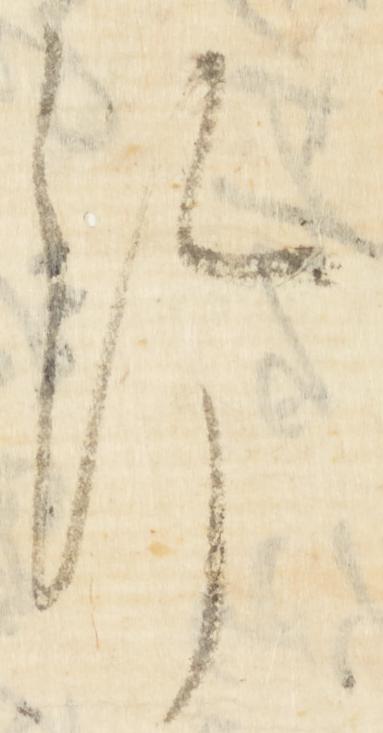
給